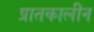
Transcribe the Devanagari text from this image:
प्रातकालीन